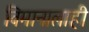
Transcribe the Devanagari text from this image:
विमानालाही